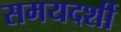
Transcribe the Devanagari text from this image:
समयदर्शी